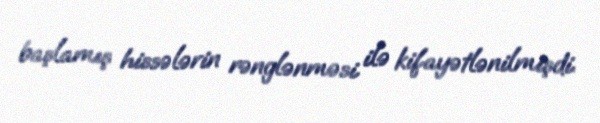
başlamış hissələrin rənglənməsi ilə kifayətlənilmişdi.